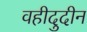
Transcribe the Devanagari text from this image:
वहीदुदीन